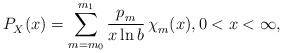
LaTeX: \begin{align*} P_X^{}(x)=\sum_{m=m_0}^{m_1} \frac{p_m^{}}{x \ln b}\,\chi_m^{}(x), 0<x<\infty, \end{align*}